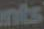
ents